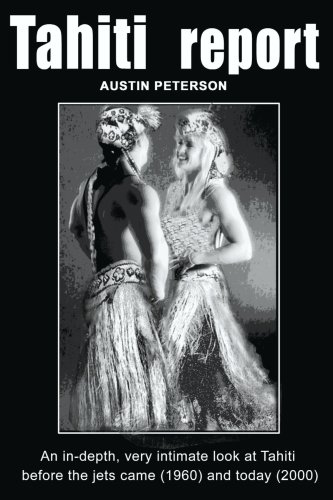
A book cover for Tahiti Report: An In-depth, Very Intimate Look at Tahiti Before the Jets Came (1960) and Today (2000).; Austin Peterson; Travel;